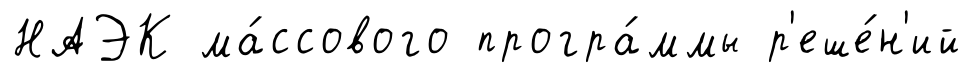
НАЭК ма́ссового програ́ммы р'еше́н'ий